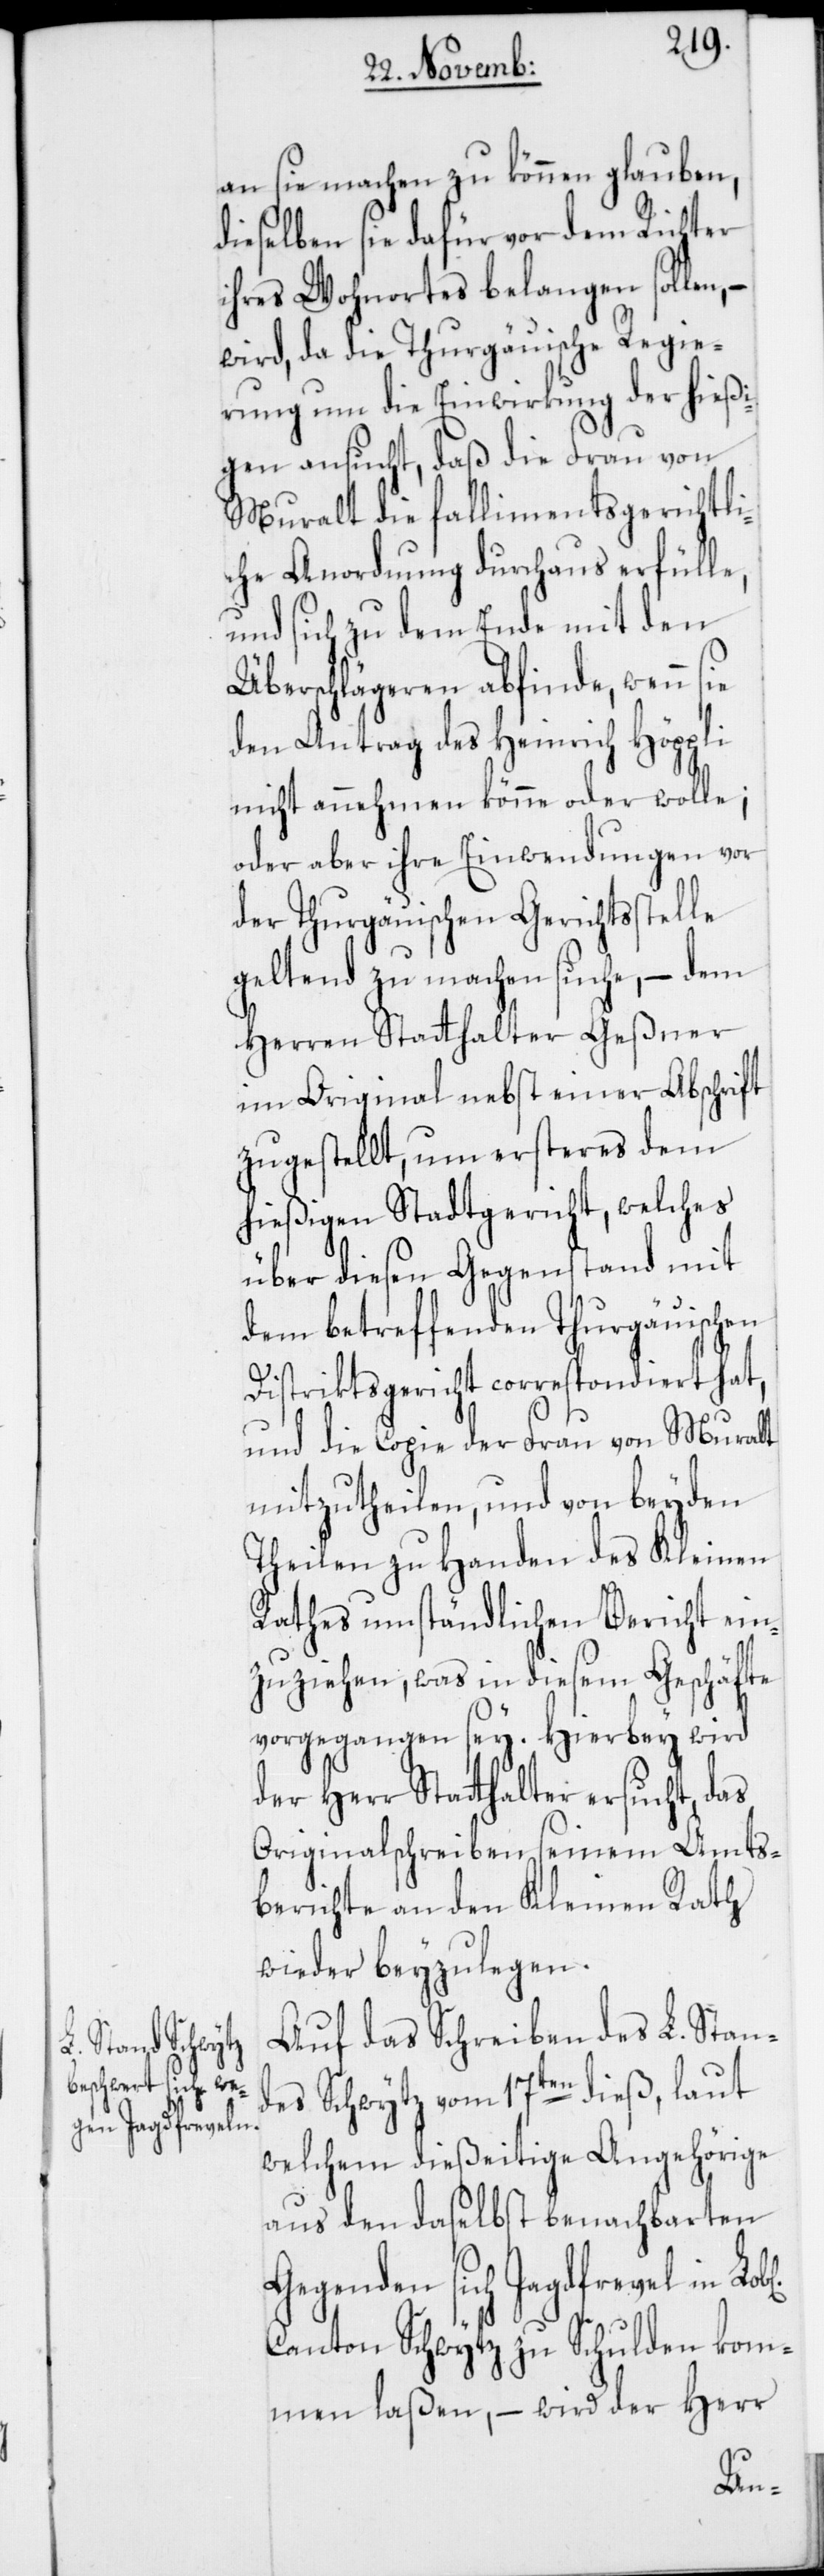
an sie machen zu können glauben,
dieselben sie dafür vor dem Richter
ihres Wohnortes belangen sollen,
wird, da die Thurgäuische Regie¬
rung um die Einwirkung der hießi¬
gen ansucht, daß die Frau von
Muralt die fallimentsgerichtli¬
che Anordnung durchaus erfülle,
und sich zu dem Ende mit den
Überschlägeren abfinde, wenn
den Antrag des Heinrich Höppli
nicht annehmen könne oder wolle;
oder aber ihre Einwendungen vor
der Thurgäuischen Gerichtsstelle
geltend zu machen suche, – dem
Herren Statthalter Geßner
im Original nebst einer Abschrift
zugestellt, um ersteres dem
hießigen Stadtgericht, welches
über diesen Gegenstand mit
dem betreffenden Thurgäuischen
Distriktsgericht correspondiert hat,
und die Copie der Frau von Muralt
mitzutheilen, und von beyden
Theilen zu Handen des Kleinen
Rathes umständlichen Bericht ein¬
zuziehen, was in diesem Geschäfte
vorgegangen sey. Hierbey wird
der Herr Statthalter ersucht, das
Originalschreiben seinem Amts¬
berichte an den Kleinen Rath
wieder beyzulegen.
Auf das Schreiben des L. Stan¬
des Schwytz vom 17ten dieß, laut
welchem dießeitige Angehörige
aus den daselbst benachbarten
Gegenden sich Jagdfrevel in
Canton Schwytz zu Schulden kom¬
men laßen, – wird der Herr